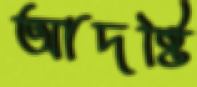
আদষ্টি